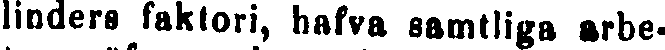
linders faktori, hafva samtliga arbe-